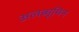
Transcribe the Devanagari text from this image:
अलब्यूमिन